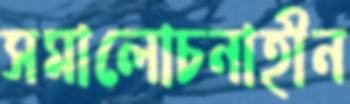
সমালোচনাহীন